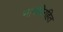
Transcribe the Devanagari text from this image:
भावविरहित